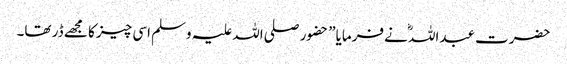
حضرت عبداللہؓ نے فرمایا” حضور صلی اللہ علیہ وسلم اسی چیز کا مجھے ڈر تھا۔